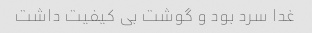
غدا سرد بود و گوشت بی کیفیت داشت